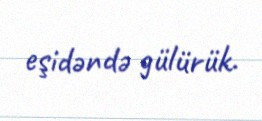
eşidəndə gülürük.